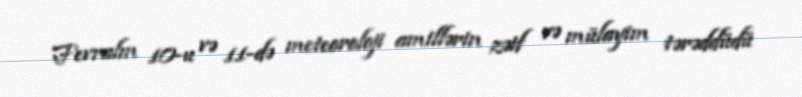
Fevralın 10-u və 11-də meteoroloji amillərin zəif və mülayim tərəddüdü